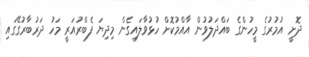
ދޮށީ އުމުރުގެ މީހުންގެ ބައްދަލުވުން އާއްމުކޮށް ހުޅުވާލައިގެން މިދިޔަ ފެބްރުއަރީ މަހު ދަރުބާރުގޭގައި